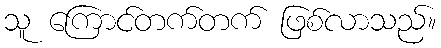
သူ ကြောင်တက်တက် ဖြစ်လာသည်။